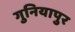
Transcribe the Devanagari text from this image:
गुनियापुर